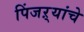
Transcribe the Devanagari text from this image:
पिंजऱ्यांचे